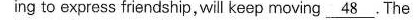
ing to express fondship, wil koep moving.\underline{48} .The